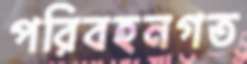
পরিবহনগত